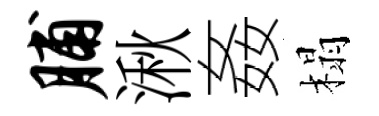
脯湫姦榻